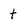
Character: t